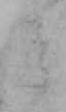
そ